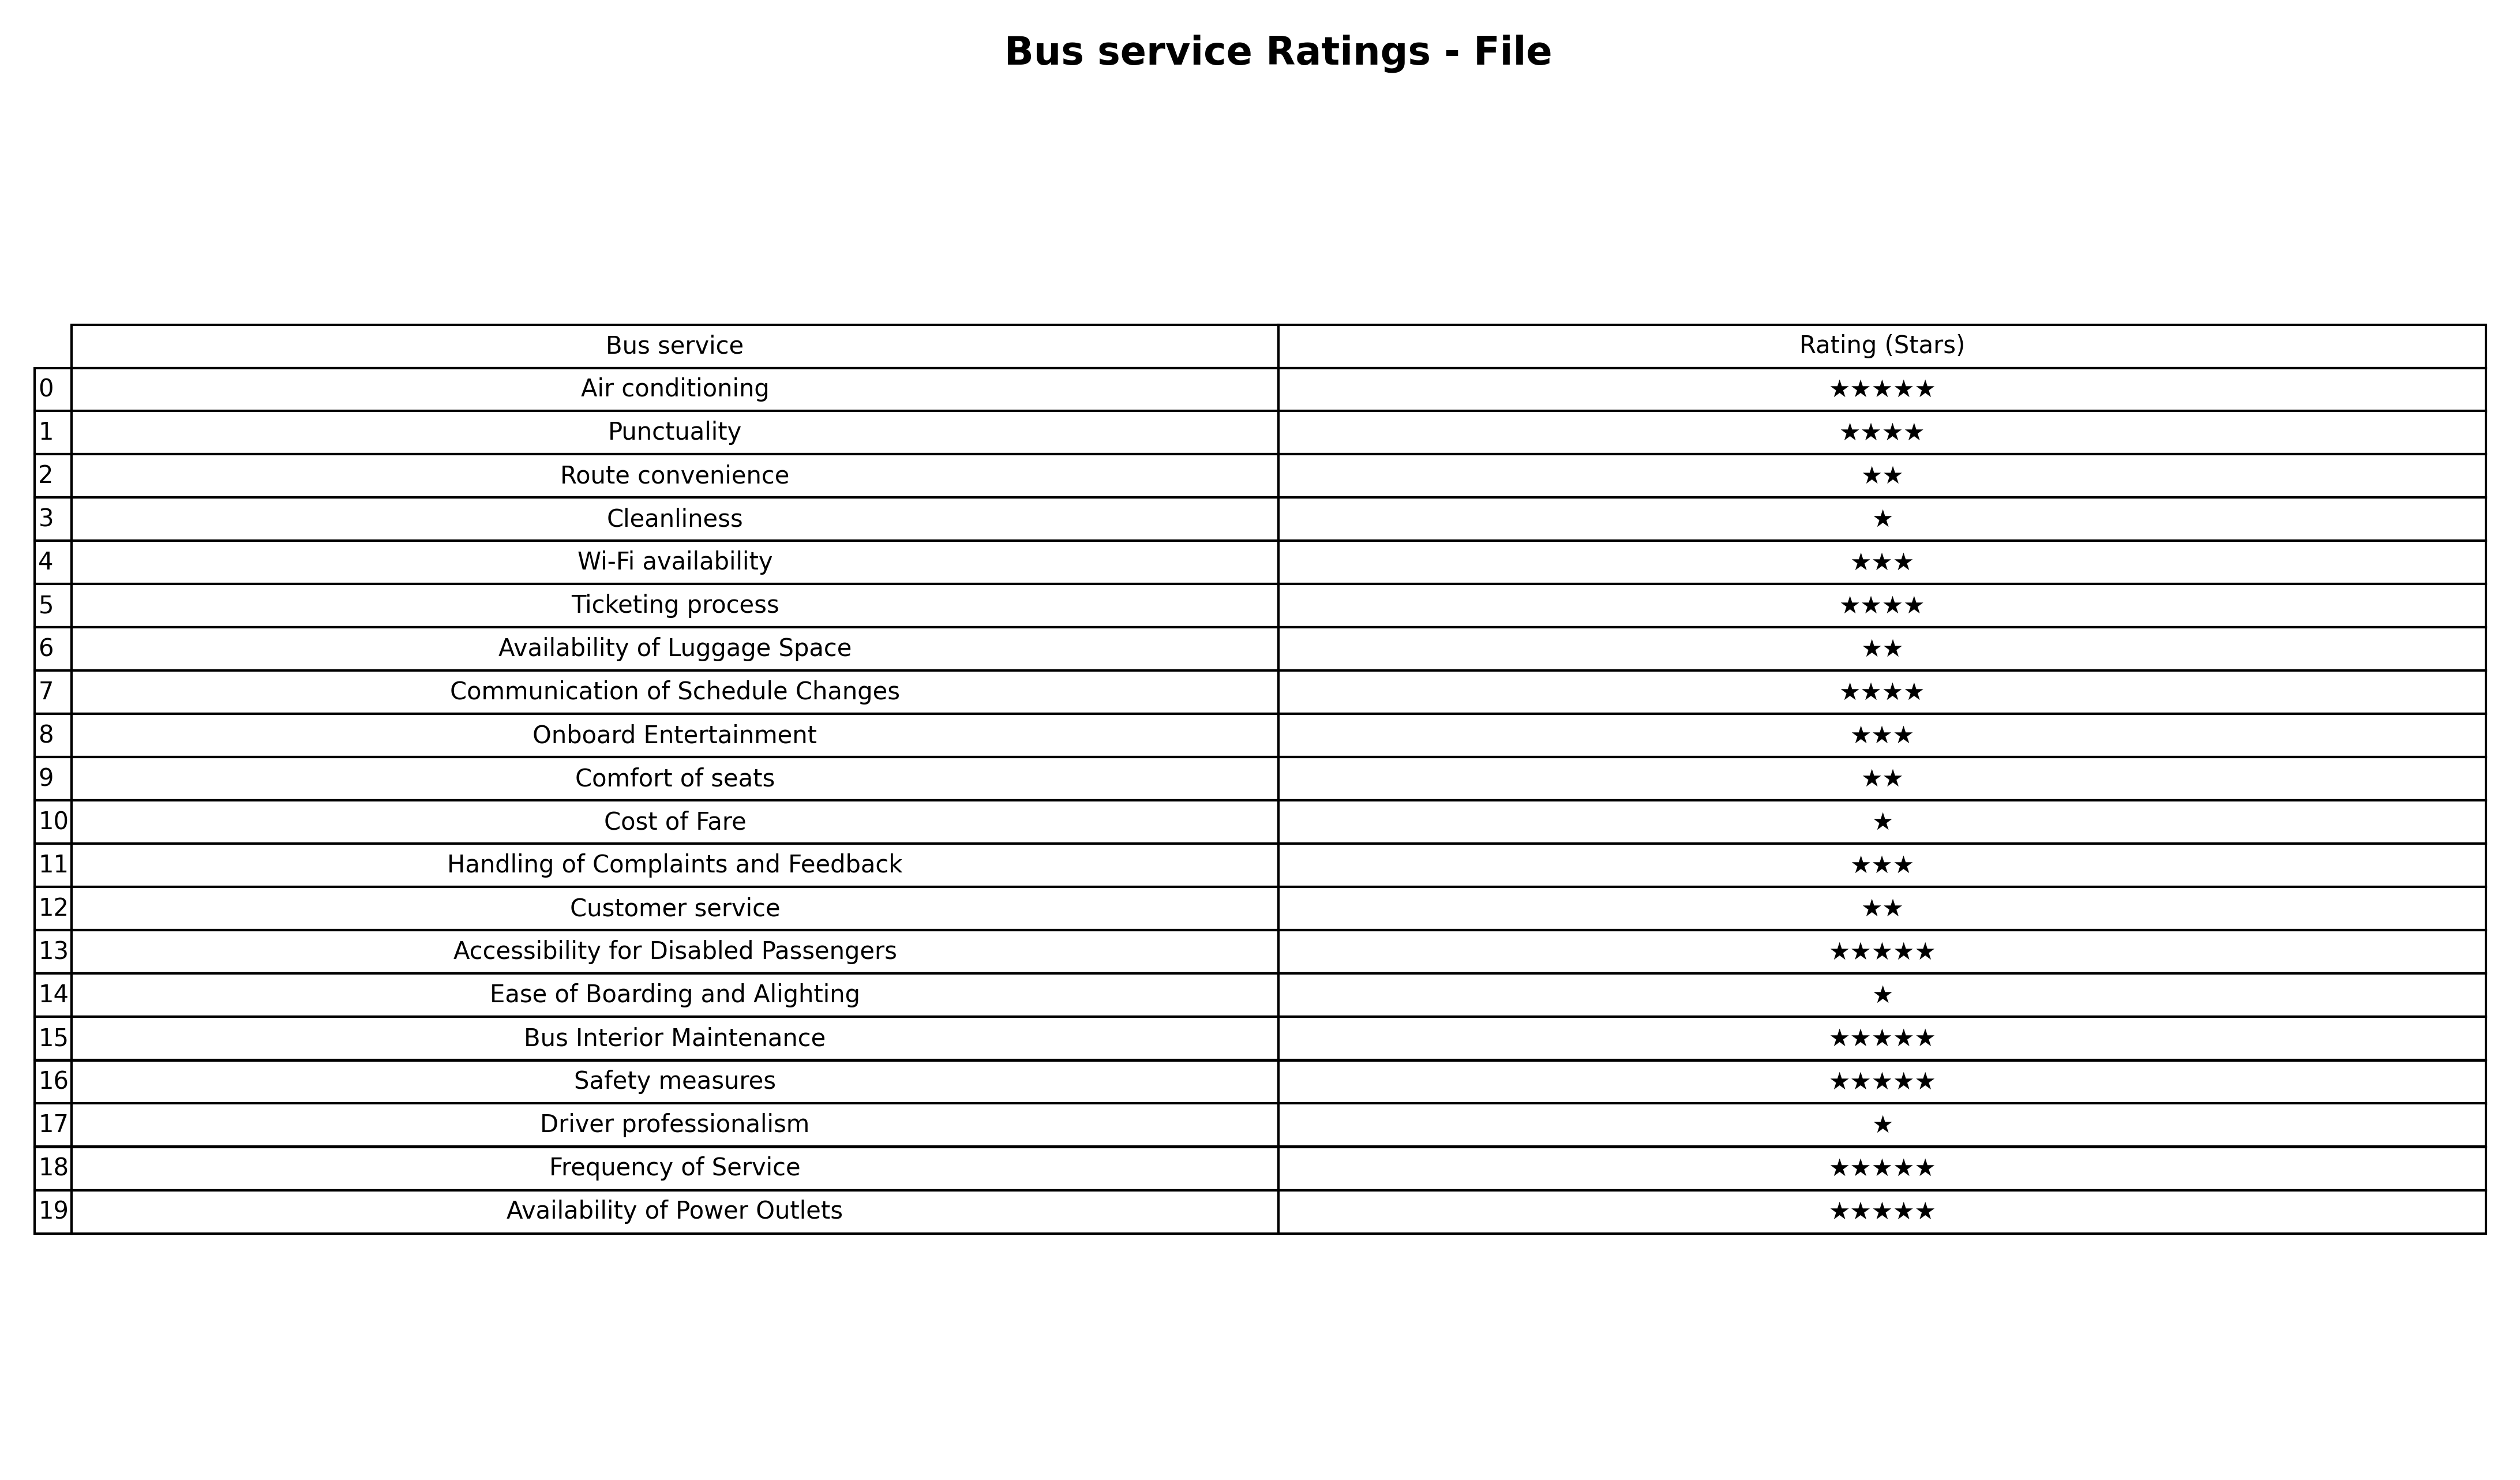
question: What is the rating of Safety measures?
answer: ★★★★★